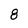
Character: 8